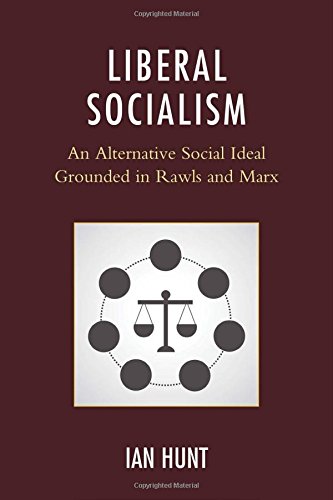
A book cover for Liberal Socialism: An Alternative Social Ideal Grounded in Rawls and Marx; Ian Hunt; Politics & Social Sciences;